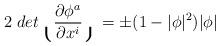
LaTeX: \begin{align*}2\; det \lgroup \frac{\partial\phi^a}{\partial x^{i} } \rgroup =\pm (1 - | \phi |^2 ) | \phi |\end{align*}